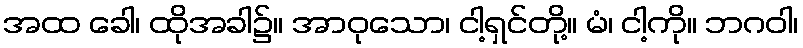
အထ ခေါ၊ ထိုအခါ၌။ အာဝုသော၊ ငါ့ရှင်တို့။ မံ၊ ငါ့ကို။ ဘဂဝါ၊